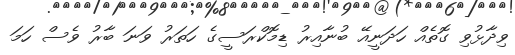
ވިދާޅުވި ގޮތެއް ހަދަނީއޭ ބުނާއިރު ޑިމޮކްރަސީގެ ހަތަރު ވަނަ ބާރު ވެސް ހަމަ